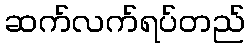
ဆက်လက်ရပ်တည်